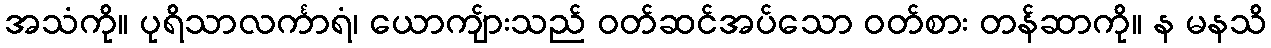
အသံကို။ ပုရိသာလင်္ကာရံ၊ ယောကျ်ားသည် ဝတ်ဆင်အပ်သော ဝတ်စား တန်ဆာကို။ န မနသိ